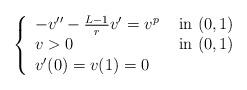
LaTeX: \begin{align*}\left\{\begin{array}{ll}-v''-\frac{L-1}rv'=v^p& \hbox{ in }(0,1)\\v>0&\hbox{ in }(0,1)\\v'(0)=v(1)=0\end{array}\right.\end{align*}